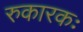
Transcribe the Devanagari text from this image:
रुकारकः